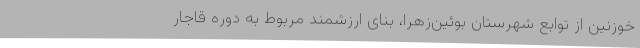
خوزنین از توابع شهرستان بوئین‌زهرا، بنای ارزشمند مربوط به دوره قاجار